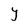
Character: Y